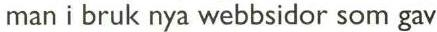
man i bruk nya webbsidor som gav